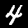
Label: 4